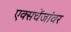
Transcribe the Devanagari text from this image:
एक्सचेंजांवर